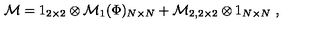
\mathcal { M } = 1 _ { 2 \times 2 } \otimes \mathcal { M } _ { 1 } ( \Phi ) _ { N \times N } + \mathcal { M } _ { 2 , 2 \times 2 } \otimes 1 _ { N \times N } \ ,